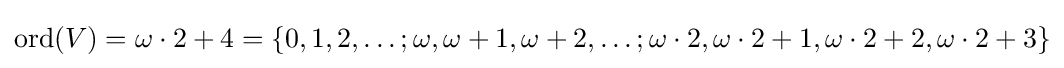
\operatorname {ord} (V)=\omega \cdot 2+4=\{0,1,2,\ldots ;\omega ,\omega +1,\omega +2,\ldots ;\omega \cdot 2,\omega \cdot 2+1,\omega \cdot 2+2,\omega \cdot 2+3\}